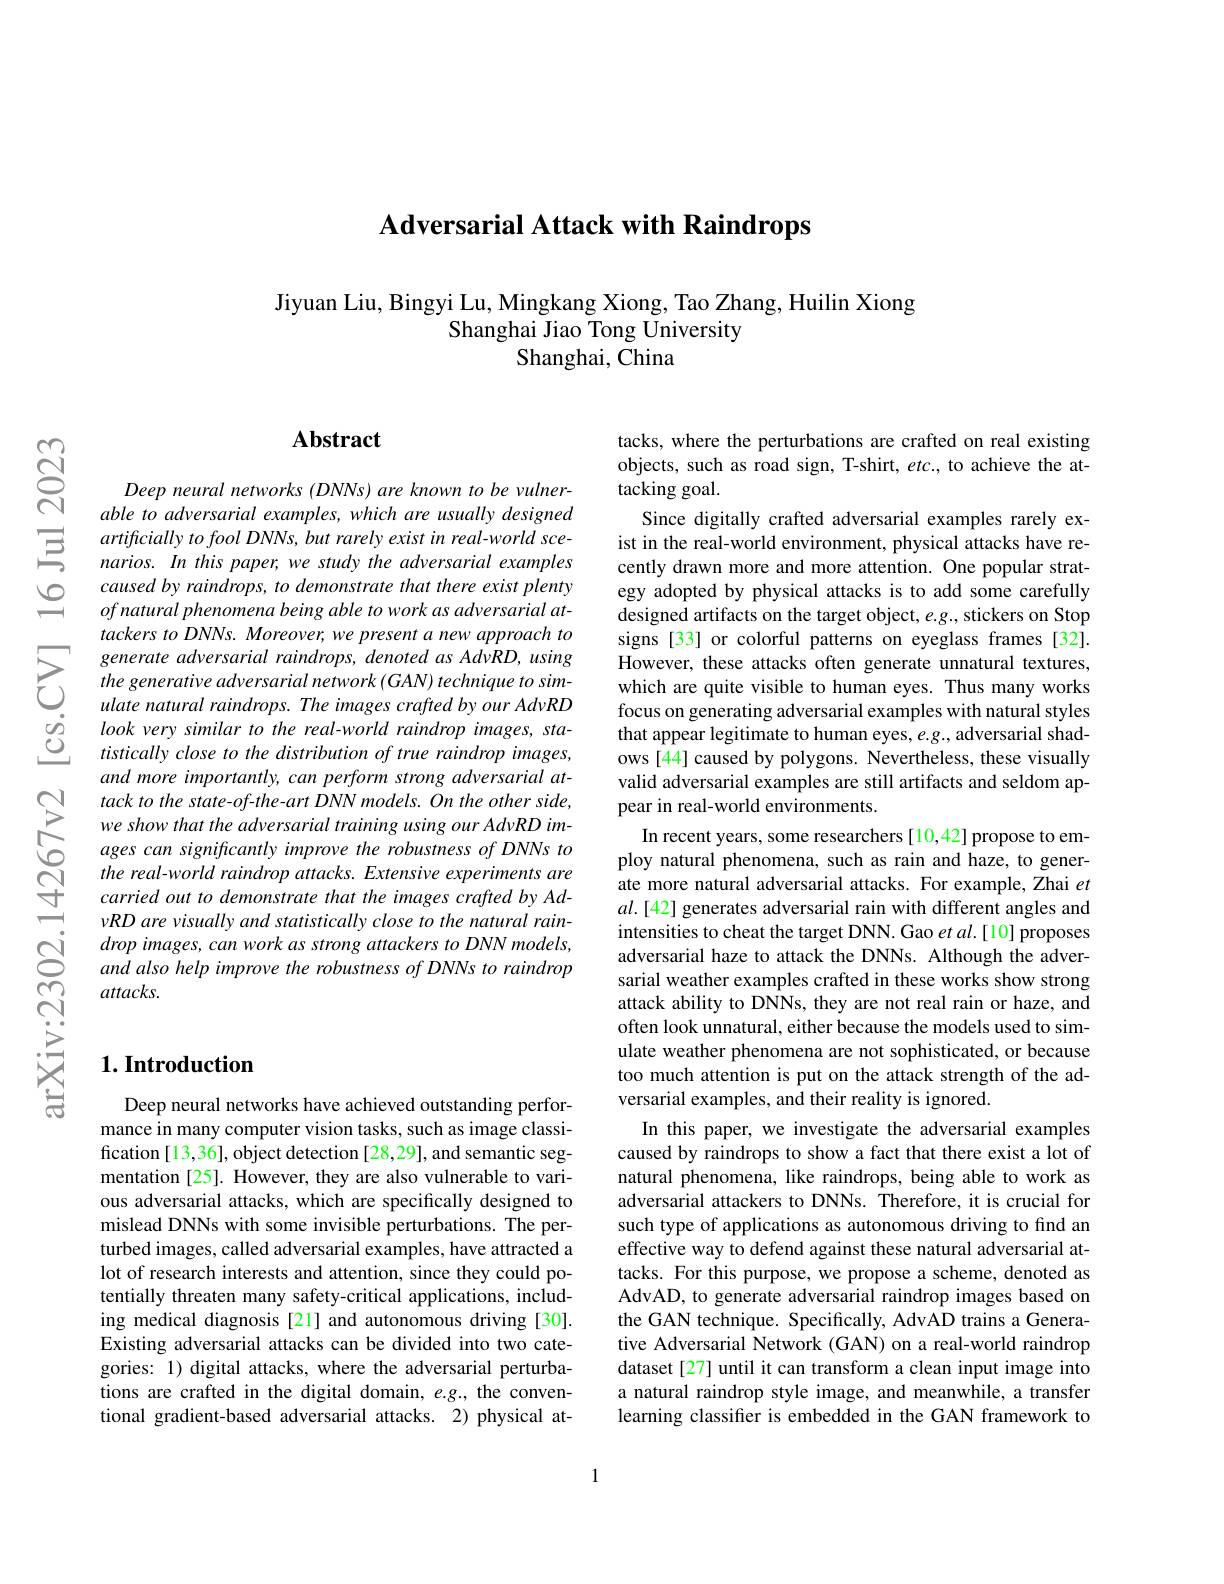
Adversarial Attack with Raindrops

Jiyuan Liu, Bingyi Lu, Mingkang Xiong, Tao Zhang, Huilin Xiong
Shanghai Jiao Tong University
Shanghai, China

## $\mathbf{Abstract}$

Deep neural networks (DNNs) are known to be vulnerable to adversarial examples, which are usually designed artificially to fool DNNs, but rarely exist in real-world scenarios. In this paper, we study the adversarial examples caused by raindrops, to demonstrate that there exist plenty $ofnaturalphenomenabeingabletoworkasadversarialat-$ tackers to DNNs. Moreover, we present a new approach to generate adversarial raindrops, denoted as AdvRD, using the generative adversarial network (GAN) technique to simulate natural raindrops. The images crafted by our AdvRD look very similar to the real-world raindrop images, statistically close to the distribution of true raindrop images, and more importantly, can perform strong adversarial attack to the state-of-the-art DNN models. On the other side, we show that the adversarial training using our AdvRD images can significantly improve the robustness of DNNs to the real-world raindrop attacks. Extensive experiments are carried out to demonstrate that the images crafted by AdvRD are visually and statistically close to the natural raindrop images, can work as strong attackers to DNN models, and also help improve the robustness of DNNs to raindrop $attacks.$

## $1. \textbf{Introduction}$

Deep neural networks have achieved outstanding performance in many computer vision tasks, such as image classification [13,36], object detection [28,29], and semantic segmentation [25]. However, they are also vulnerable to various adversarial attacks, which are specifically designed to mislead DNNs with some invisible perturbations. The perturbed images, called adversarial examples, have attracted a lot of research interests and attention, since they could potentially threaten many safety-critical applications, including medical diagnosis [21] and autonomous driving [30]. Existing adversarial attacks can be divided into two categories: 1) digital attacks, where the adversarial perturbations are crafted in the digital domain, $e.g.$, the conventional gradient-based adversarial attacks. 2) physical at-

tacks, where the perturbations are crafted on real existing objects, such as road sign, T-shirt, $etc.$, to achieve the attacking goal.
Since digitally crafted adversarial examples rarely exist in the real-world environment, physical attacks have recently drawn more and more attention. One popular strategy adopted by physical attacks is to add some carefully designed artifacts on the target object, e.g., stickers on Stop signs [33] or colorful patterns on eyeglass frames [32]. However, these attacks often generate unnatural textures, which are quite visible to human eyes. Thus many works focus on generating adversarial examples with natural styles that appear legitimate to human eyes, $e.g.$, adversarial shadows [44] caused by polygons. Nevertheless, these visually valid adversarial examples are still artifacts and seldom appear in real-world environments.
In recent years, some researchers[10,42] propose to employ natural phenomena, such as rain and haze, to generate more natural adversarial attacks. For example, Zhai $et$ $al.[42]$ generates adversarial rain with different angles and intensities to cheat the target DNN. Gao et al.[10] proposes adversarial haze to attack the DNNs. Although the adversarial weather examples crafted in these works show strong attack ability to DNNs, they are not real rain or haze, and often look unnatural, either because the models used to simulate weather phenomena are not sophisticated, or because too much attention is put on the attack strength of the adversarial examples, and their reality is ignored.
In this paper, we investigate the adversarial examples caused by raindrops to show a fact that there exist a lot of natural phenomena, like raindrops, being able to work as adversarial attackers to DNNs. Therefore, it is crucial for such type of applications as autonomous driving to find an effective way to defend against these natural adversarial attacks. For this purpose, we propose a scheme, denoted as AdvAD, to generate adversarial raindrop images based on the GAN technique. Specifically, AdvAD trains a Generative Adversarial Network (GAN) on a real-world raindrop dataset [27] until it can transform a clean input image into a natural raindrop style image, and meanwhile, a transfer learning classifer is embedded in the GAN framework to

1